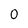
Character: 0